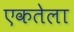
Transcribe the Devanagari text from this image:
एकतेला